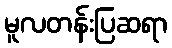
မူလတန်းပြဆရာ